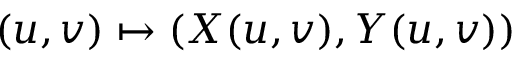
( u , v ) \mapsto ( X ( u , v ) , Y ( u , v ) )